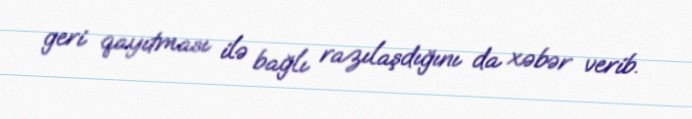
geri qayıtması ilə bağlı razılaşdığını da xəbər verib.